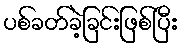
ပစ်ခတ်ခဲ့ခြင်းဖြစ်ပြီး